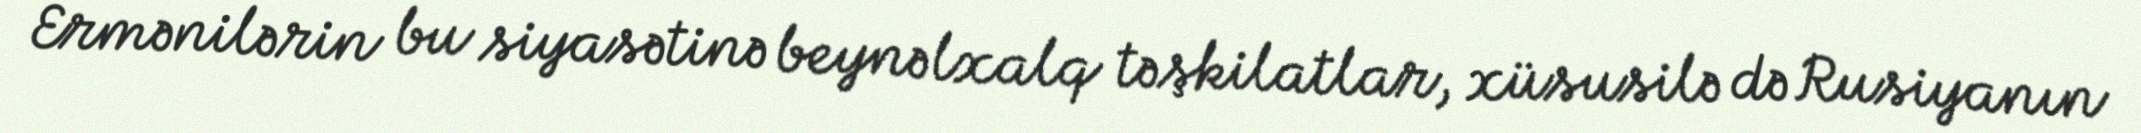
Ermənilərin bu siyasətinə beynəlxalq təşkilatlar, xüsusilə də Rusiyanın